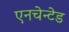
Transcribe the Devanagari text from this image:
एनचेन्टेड